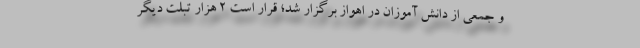
و جمعی از دانش آموزان در اهواز برگزار شد؛ قرار است ۲ هزار تبلت دیگر